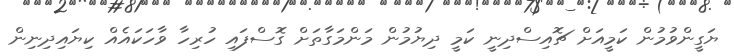
ޔަގީންވުމުން ކަމީއަށް ޗޮއިސްދިނީ ކަމީ ދިޔުމުން މަންމަގާތަށް ގޮސްފައި ހުރިހާ ވާހަކައެއް ކިޔައިދިނިން